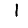
Digit: 1